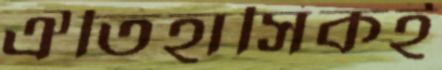
ঐতিহাসিকই